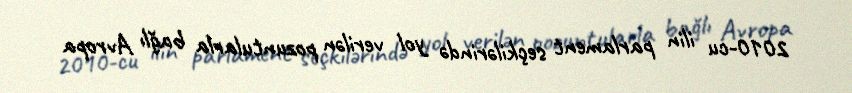
2010-cu ilin parlament seçkilərində yol verilən pozuntularla bağlı Avropa